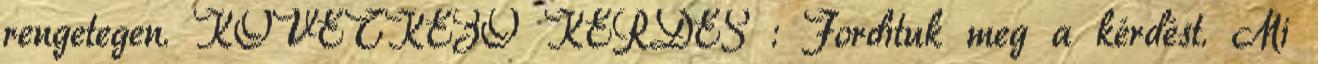
rengetegen. KÖVETKEZŐ KÉRDÉS : Fordítuk meg a kérdést. Mi